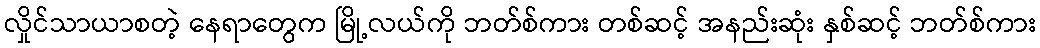
လှိုင်သာယာစတဲ့ နေရာတွေက မြို့လယ်ကို ဘတ်စ်ကား တစ်ဆင့် အနည်းဆုံး နှစ်ဆင့် ဘတ်စ်ကား